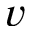
v